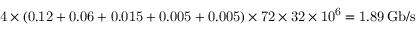
\mathrm { 4 \times ( 0 . 1 2 + 0 . 0 6 + 0 . 0 1 5 + 0 . 0 0 5 + 0 . 0 0 5 ) \times 7 2 \times 3 2 \times 1 0 ^ { 6 } = 1 . 8 9 \, G b / s }